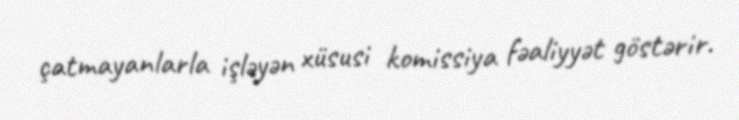
çatmayanlarla işləyən xüsusi komissiya fəaliyyət göstərir.